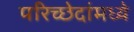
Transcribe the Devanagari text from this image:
परिच्छेदांमध्ये